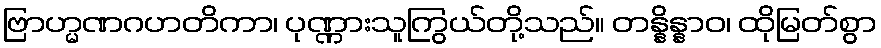
ဗြာဟ္မဏဂဟတိကာ၊ ပုဏ္ဏားသူကြွယ်တို့သည်။ တန္နိန္နာဝ၊ ထိုမြတ်စွာ